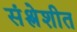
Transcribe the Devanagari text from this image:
संश्लेशीत